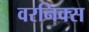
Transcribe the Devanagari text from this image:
वरनिक्स